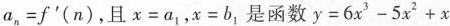
$$a _ { n } = f ' ( n )$$，且$$x = a _ { 1 }$$，$$x = b _ { 1 }$$是函数$$y = 6 x ^ { 3 } - 5 x ^ { 2 } + x$$